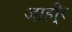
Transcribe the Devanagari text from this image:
जाही्र